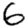
Digit: 6